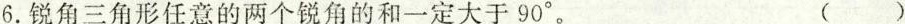
6.锐角三角形任意的两个锐角的和一定大于90°。 ()